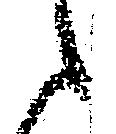
之